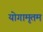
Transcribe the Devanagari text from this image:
योगामृतम